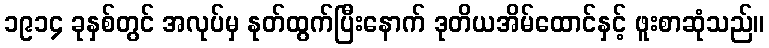
၁၉၁၄ ခုနှစ်တွင် အလုပ်မှ နုတ်ထွက်ပြီးနောက် ဒုတိယအိမ်ထောင်နှင့် ဖူးစာဆုံသည်။